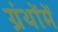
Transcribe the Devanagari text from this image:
ग्रंथोंमें